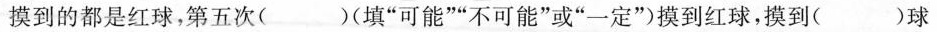
摸到的都是红球，第五次( )(填”可能””不可能”或”一定”)摸到红球，摸到( )球